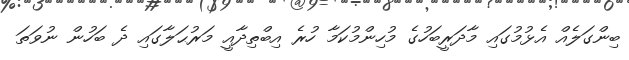
ބިންގަލެއް އެޅުމުގައި މާދަރީބަހުގެ މުހިންމުކަމާ ހުރެ އިބްތިދާއީ މަރުޙަލާގައި ދެ ބަހުން ނުވަތަ